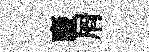
裦屑